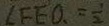
\angle F E O . = \frac { 1 } { 2 }